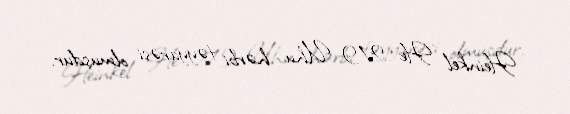
Heinkel He 219 Uhu hərbi təyyarəsi olmuşdur.